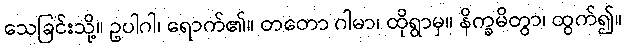
သေခြင်းသို့။ ဥပါဂါ၊ ရောက်၏။ တတော ဂါမာ၊ ထိုရွာမှ။ နိက္ခမိတွာ၊ ထွက်၍။